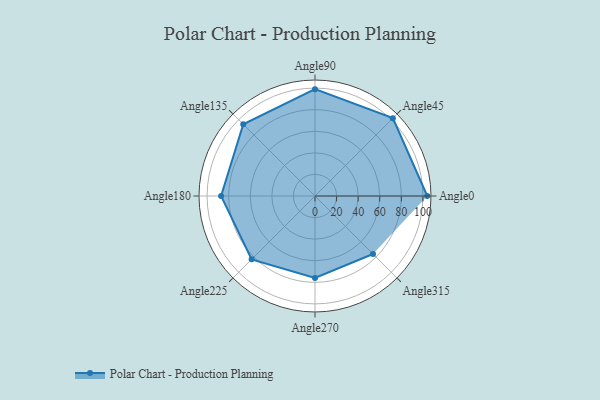
{"axis": {"x": "Angle", "y": "Radius"}, "legend": [""], "data": [{"x": "Angle0", "y": 104.0, "type": ""}, {"x": "Angle45", "y": 102.0, "type": ""}, {"x": "Angle90", "y": 99.0, "type": ""}, {"x": "Angle135", "y": 94.0, "type": ""}, {"x": "Angle180", "y": 87.0, "type": ""}, {"x": "Angle225", "y": 83.0, "type": ""}, {"x": "Angle270", "y": 76.0, "type": ""}, {"x": "Angle315", "y": 76.0, "type": ""}]}